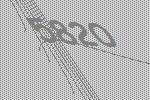
5820